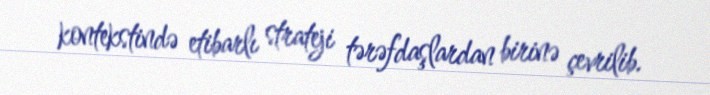
kontekstində etibarlı strateji tərəfdaşlardan birinə çevrilib.